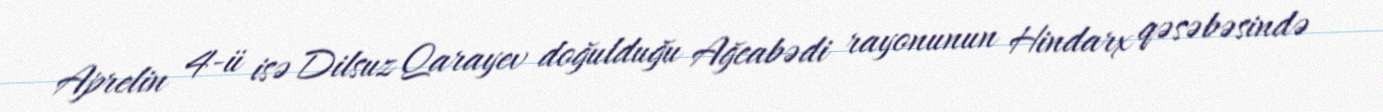
Aprelin 4-ü isə Dilsuz Qarayev doğulduğu Ağcabədi rayonunun Hindarx qəsəbəsində